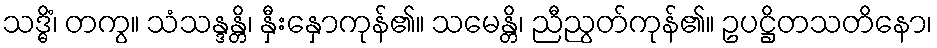
သဒ္ဓိံ၊ တကွ။ သံသန္ဒန္တိ၊ နှီးနှောကုန်၏။ သမေန္တိ၊ ညီညွတ်ကုန်၏။ ဥပဋ္ဌိတသတိနော၊